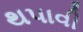
થપાવી